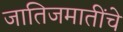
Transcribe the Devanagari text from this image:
जातिजमातींचे